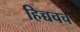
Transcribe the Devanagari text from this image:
हिच्चचच